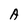
Character: A